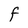
Character: F